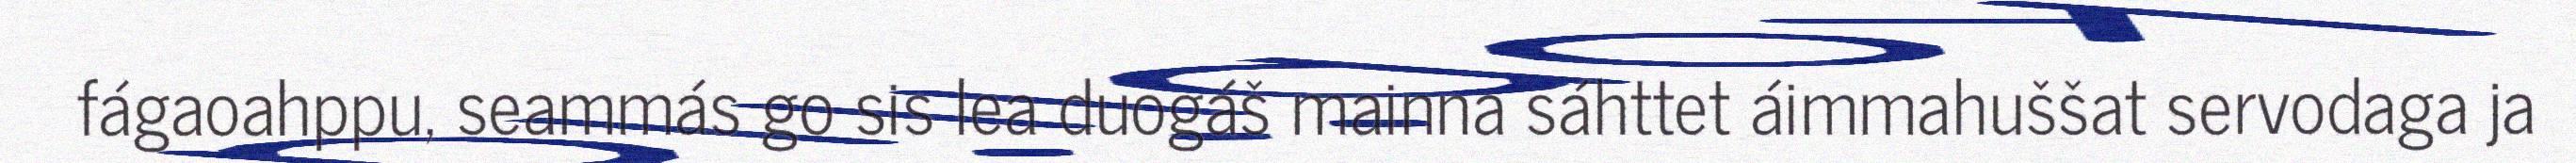
fágaoahppu, seammás go sis lea duogáš mainna sáhttet áimmahuššat servodaga ja